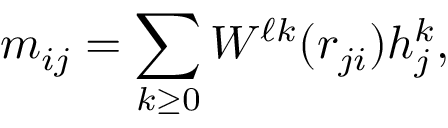
{ m } _ { i j } = \sum _ { k \geq 0 } { W } ^ { \ell k } ( { r } _ { j i } ) { h } _ { j } ^ { k } ,